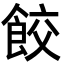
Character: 餃